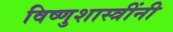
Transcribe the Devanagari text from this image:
विष्णुशास्त्रींनी